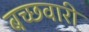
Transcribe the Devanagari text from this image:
बच्छवारी